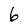
Character: 6